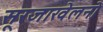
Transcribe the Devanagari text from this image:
सूरजाखेलनो